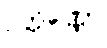
ဥတ္တိဏ္ဏော